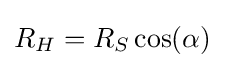
R_{H}=R_{S}\cos(\alpha )